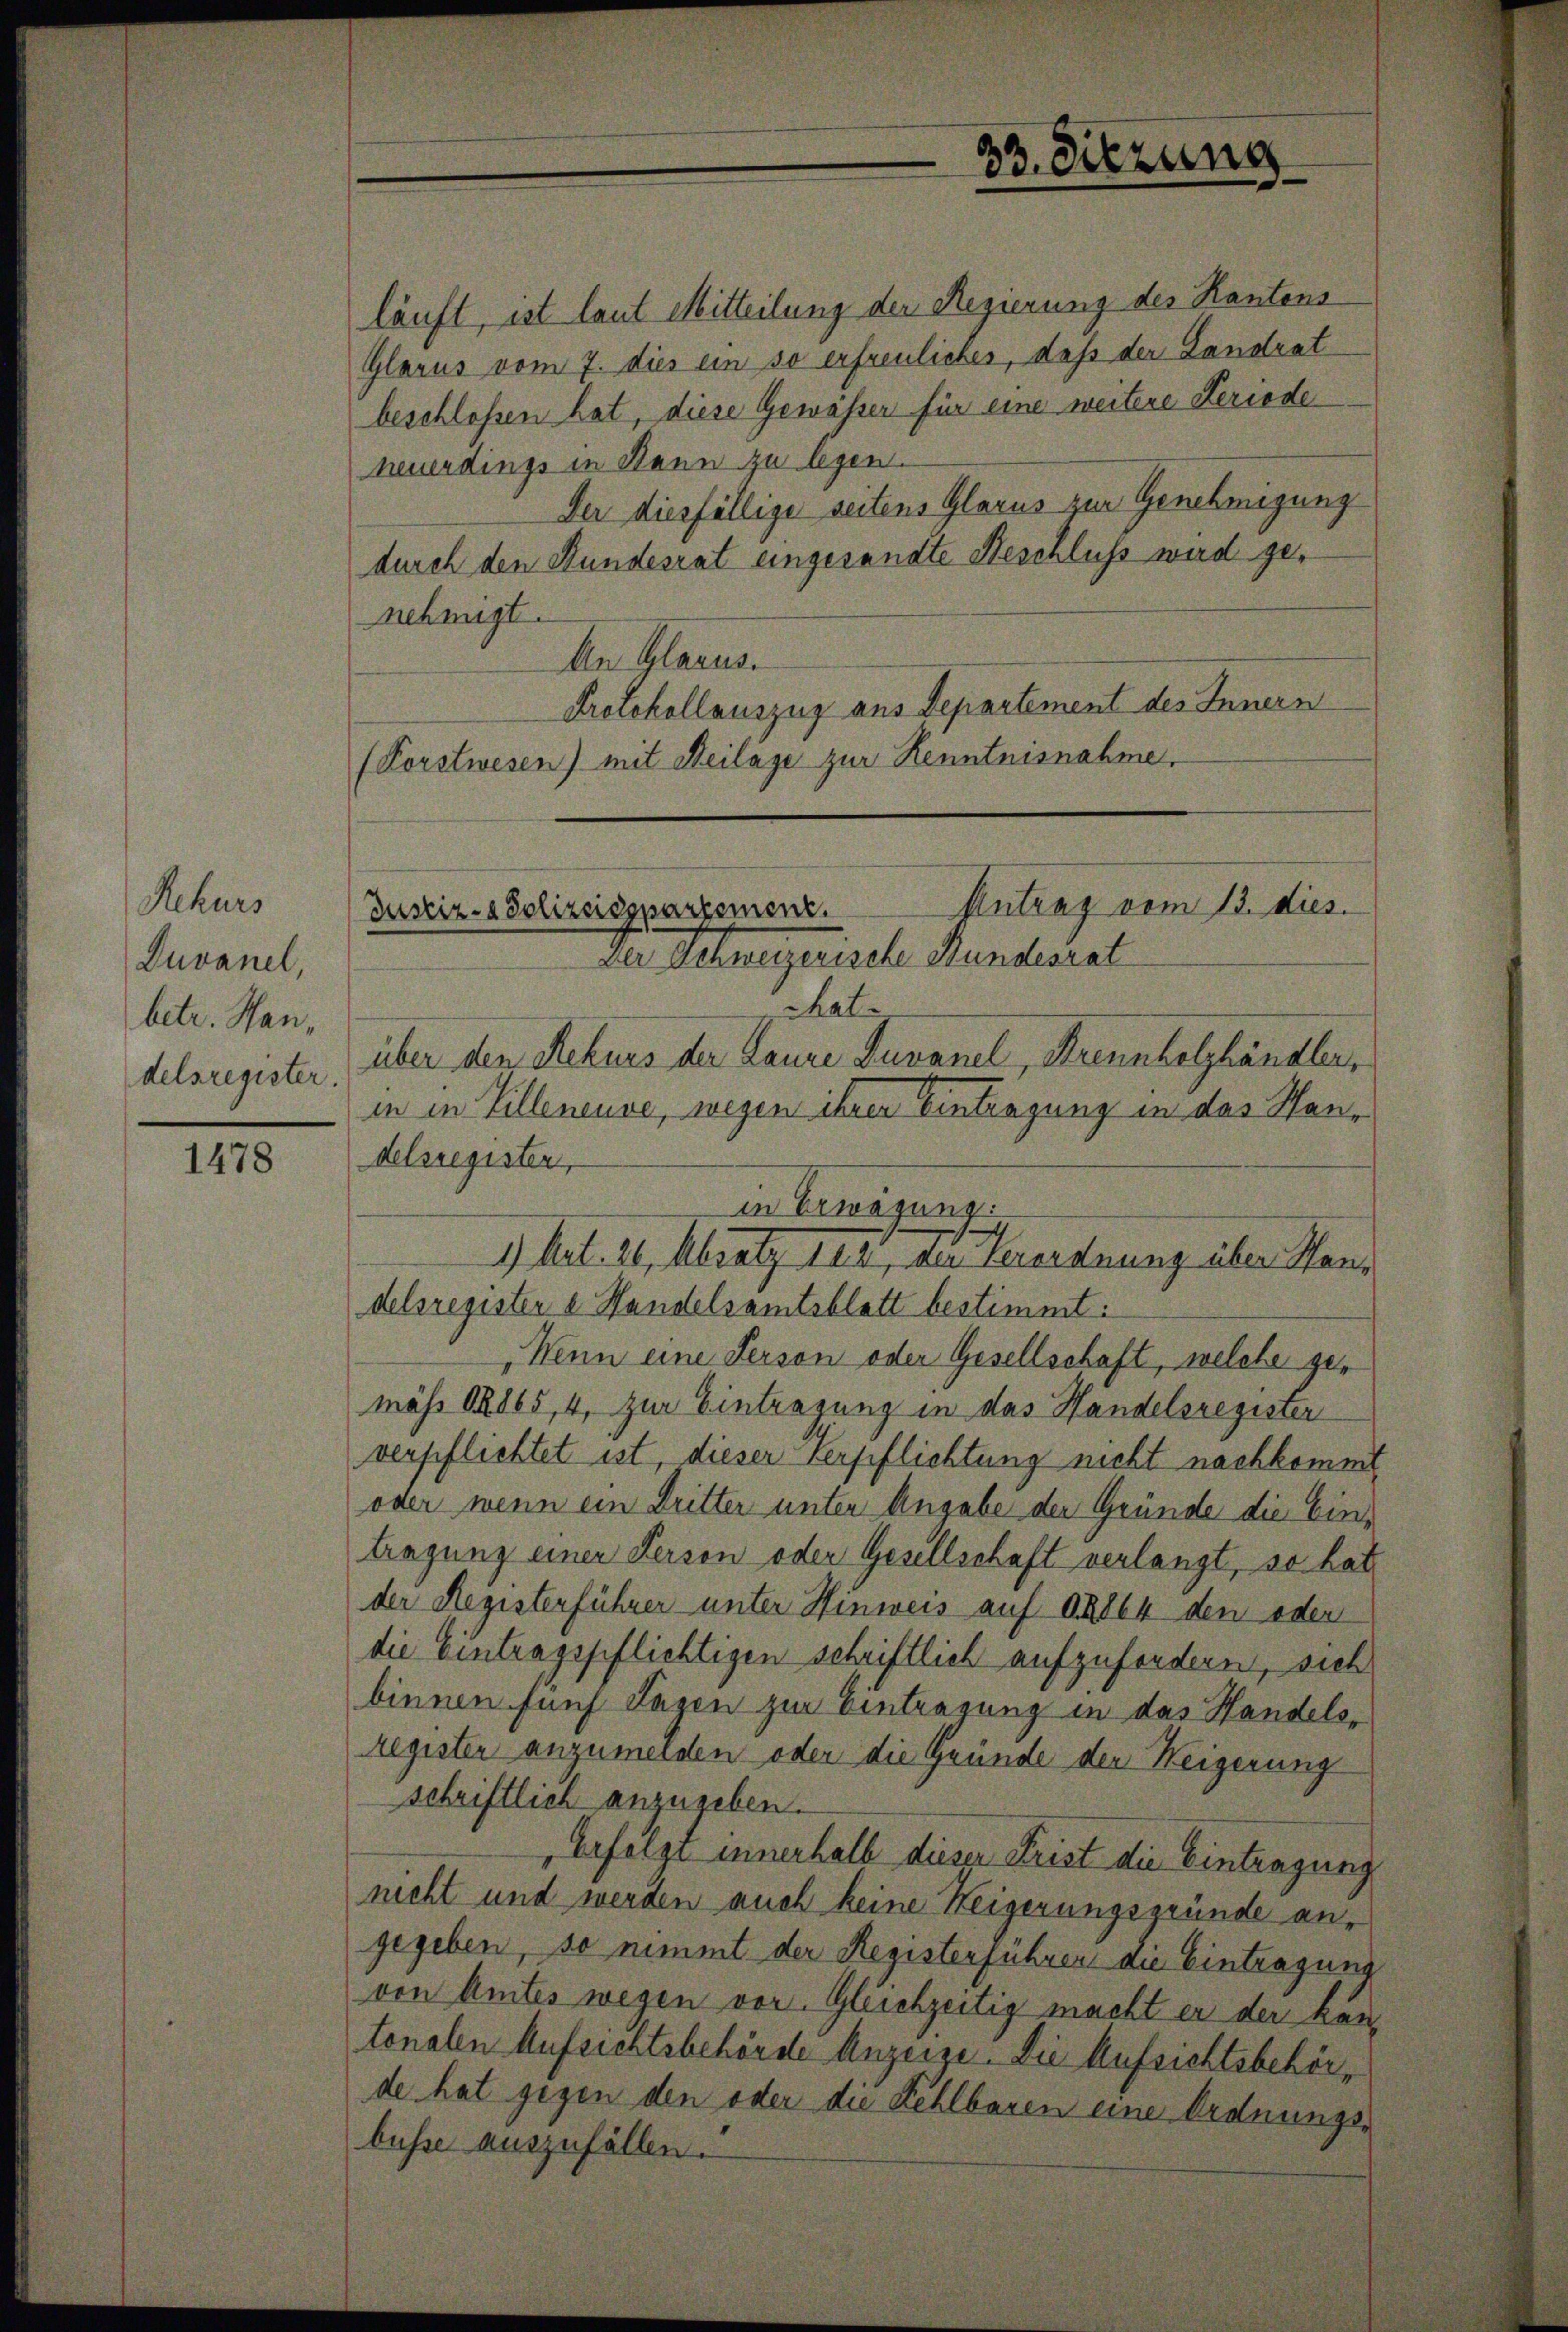
Schurs
Duvanel,
betr. Handelsregister.

1478

läuft, ist laut Mitteilung der Regierung des Kantons
Glarus vom 7. dies ein so erfreuliches, daß der Landrat
beschlossen hat, diese Gewässer für eine weitere Keriode
neuerdings in Bann zu legen.
Der diesfällige seitens Glarus zur Genehmigung
durch den Bundesrat eingesandte Beschluß wird genehmigt.
An Glarus.
Protokollauszug aus Departement des Innern
(Porstwesen) mit Beilage zur Kenntnisnahme.

Antrag vom 13. dies.
Justiz- & Polizeispartement.
Der Schweizerische Bundesrat

delsregister,
delsregister e Handelsamtsblatt bestimmt:
"Wenn eine Person oder Gesellschaft, welche gemäss OR 165, 4, zur Eintragung in das Handelsregister
verpflichtet ist, dieser Verpflichtung nicht nachkommt
oder wenn ein Dritter unter Angabe der Gründe die Ein-
tragung einer Person oder Gesellschaft verlangt, so hat
der Registerführer unter Hinweis auf d 1864 den oder
die Eintragspflichtigen schriftlich aufzufordern, sich
binnen fünf Tagen zur Eintragung in das Handelsregister anzumelden oder die Gründe der Weigerung
schriftlich anzugeben.
Erfolgt innerhalb dieser Frist die Eintragung
nicht und werden auch keine Weigerungsgründe an,
gegeben, so nimmt der Registerfuhren die Eintragung
von Amtes wegen vor. Gleichzeitig macht er der kantonalen Aufsichtsbehörde Anzeige. Die Aufsichtsbehörde hat gegen den oder die Kehlbaren eine Ordnungsbusse auszufällen.

chate
über den Rekurs der Laure Zuvanel, Brennholzhändler,
in in Villeneuve, wegen ihrer Eintragung in das Hon¬

in Erwägung.

33. Sitzung

1) Art. 21, Absatz 188, der Verordnung über Hans